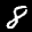
Label: 8